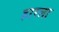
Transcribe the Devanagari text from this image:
हारला